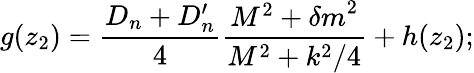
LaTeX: g(z_{2})={\frac{D_{n}+D_{n}^{\prime}}{4}}{\frac{M^{2}+{\delta m}^{2}}{M^{2}+k^{2}/4}}+h(z_{2});